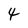
Character: 4